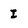
Character: I